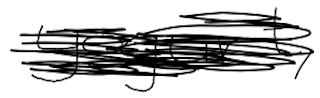
Text: yogurt,
Cross-out: scratch
Writing tool: digital_black